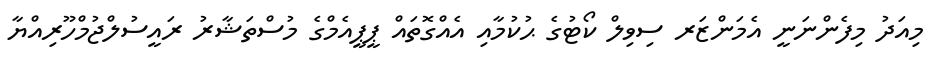
މިއަދު މިފެންނަނީ އެމަންޒަރ ސިވިލް ކޯޓުގެ ޙުކުމާއި އެއްގޮތައް ޕީޕީއެމްގެ މުސްތަޝާރު ރައީސުލްޖުމްހޫރިއްޔާ